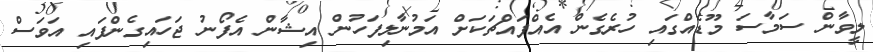
ލީވާން ސަމާސަ މޫޑެއްގައި ހުރެގެން އެއްފައްޗަކަށް އަމުނާލިފަހުން އިޝާން އެފޯނު ޖަހައިގެންފައި އަވަސް